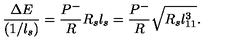
\frac { \Delta E } { ( 1 / l _ { s } ) } = \frac { P ^ { - } } { R } R _ { s } l _ { s } = \frac { P ^ { - } } { R } \sqrt { R _ { s } l _ { 1 1 } ^ { 3 } } .